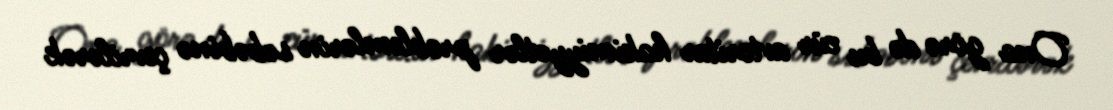
Ona görə də bu cür avtoritar hakimiyyətlər problemlərin səbəbinə çevrilərək